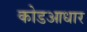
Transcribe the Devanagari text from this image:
कोडआधार